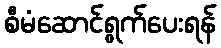
စီမံဆောင်ရွက်ပေးရန်